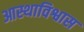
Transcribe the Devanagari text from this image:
आस्थाविश्वास